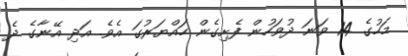
މަހުގެ 14 ވަނަ ދުވަހުން ފެށިގެން ހައްޔަރުގަ އެވެ. އަދި އޭނާގެ ދެ